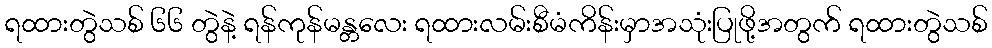
ရထားတွဲသစ် ၆၆ တွဲနဲ့ ရန်ကုန်မန္တလေး ရထားလမ်းစီမံကိန်းမှာအသုံးပြုဖို့အတွက် ရထားတွဲသစ်